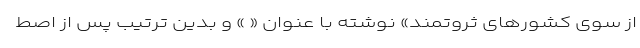
از سوی کشورهای ثروتمند» نوشته با عنوان « » و بدین ترتیب پس از اصط